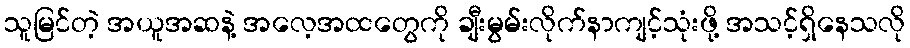
သူမြင်တဲ့ အယူအဆနဲ့ အလေ့အထတွေကို ချီးမွမ်းလိုက်နာကျင့်သုံးဖို့ အသင့်ရှိနေသလို